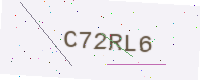
Text: C72RL6